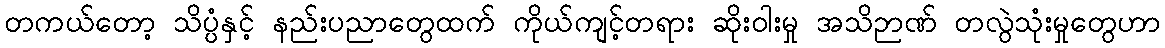
တကယ်တော့ သိပ္ပံနှင့် နည်းပညာတွေထက် ကိုယ်ကျင့်တရား ဆိုးဝါးမှု အသိဉာဏ် တလွဲသုံးမှုတွေဟာ